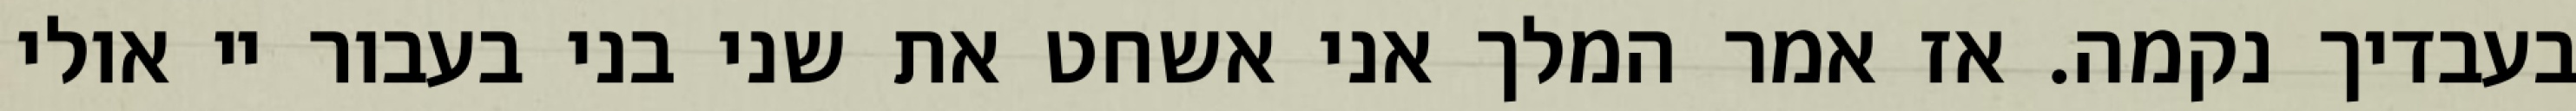
בעבדיך נקמה. אז אמר המלך אני אשחט את שני בני בעבור יי אולי